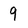
Character: 9